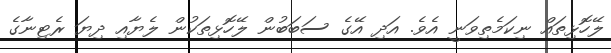
ލޭހޮޅިތައް ނިކަމެތިވަނީ އެވެ. އަދި އޭގެ ސަބަބުން ލޭހޮޅިތަކުން ލެޔާއި ދިޔަ ރެޓިނާގެ